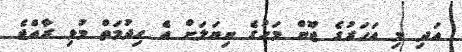
އަދި މި އަހަރުގެ ޖޫން މަހުގެ ނިޔަލަށް އެ ހިދުމަތް މުޅި ރާއްޖެ